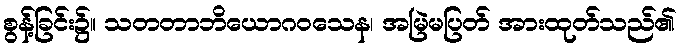
စွန့်ခြင်း၌။ သတတာဘိယောဂဝသေန၊ အမြဲမပြတ် အားထုတ်သည်၏